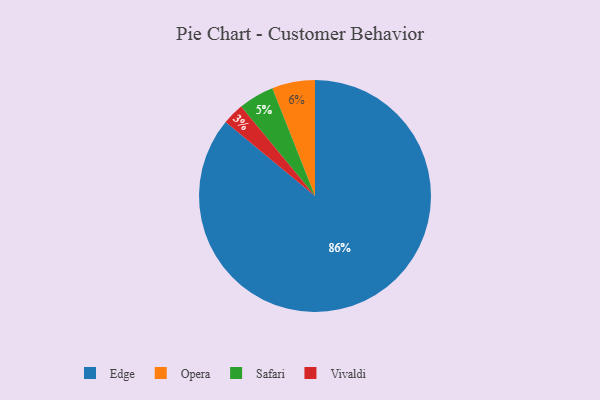
{"axis": {"x": "Category", "y": "Percentage"}, "legend": ["Edge", "Opera", "Safari", "Vivaldi"], "data": [{"x": "Vivaldi", "y": 3, "type": "Vivaldi"}, {"x": "Opera", "y": 6, "type": "Opera"}, {"x": "Safari", "y": 5, "type": "Safari"}, {"x": "Edge", "y": 86, "type": "Edge"}]}